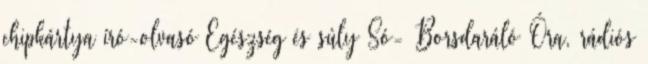
chipkártya író-olvasó Egészség és súly Só- Borsdaráló Óra, rádiós